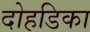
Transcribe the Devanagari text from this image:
दोहडिका